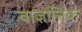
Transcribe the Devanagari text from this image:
वाज्ञानिक